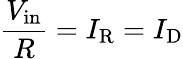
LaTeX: {\frac{V_{\mathrm{in}}}{R}}=I_{\mathrm{R}}=I_{\mathrm{D}}